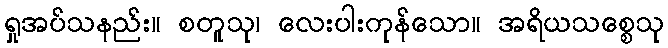
ရှုအပ်သနည်း။ စတူသု၊ လေးပါးကုန်သော။ အရိယသစ္စေသု